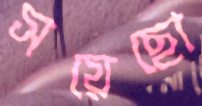
সয়েছো